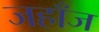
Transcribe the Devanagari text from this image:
जहाँज